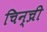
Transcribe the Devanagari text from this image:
चिन्च्री